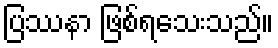
ပြဿနာ ဖြစ်ရသေးသည်။